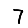
Digit: 7